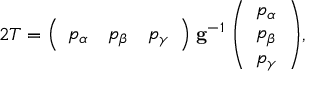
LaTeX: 2 T = { \left( \begin{array} { l l l } { p _ { \alpha } } & { p _ { \beta } } & { p _ { \gamma } } \end{array} \right) } \; \mathbf { g } ^ { - 1 } \; { \left( \begin{array} { l } { p _ { \alpha } } \\ { p _ { \beta } } \\ { p _ { \gamma } } \end{array} \right) } ,